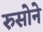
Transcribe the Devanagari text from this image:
रुसोने